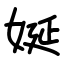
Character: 娫